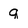
Character: q